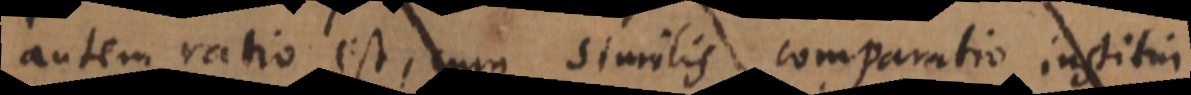
autem ratio est, cum similis comparatio institui